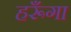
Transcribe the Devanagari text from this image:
हरूँगा